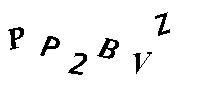
PP2BVZ